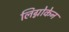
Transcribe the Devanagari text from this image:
लिग्नोकेन